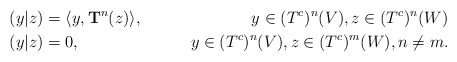
\begin{align*}(y|z) &= \langle y , \mathbf{T}^n(z)\rangle, & y \in (T^c)^n(V), z \in (T^c)^n(W)\\(y|z) &= 0, & y \in (T^c)^n(V), z \in (T^c)^m(W), n\neq m.\end{align*}